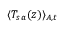
\langle T _ { s a } ( z ) \rangle _ { A , t }